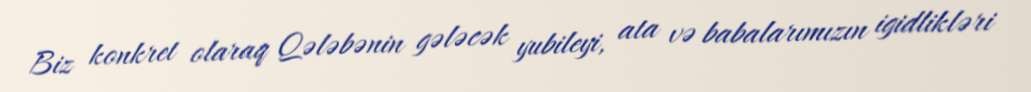
Biz konkret olaraq Qələbənin gələcək yubileyi, ata və babalarımızın igidlikləri